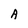
Character: A